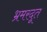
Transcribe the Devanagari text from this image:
भ्रमरदूत